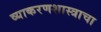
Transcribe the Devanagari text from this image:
व्याकरणशास्त्राचा